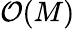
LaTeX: \mathcal{O}(M)